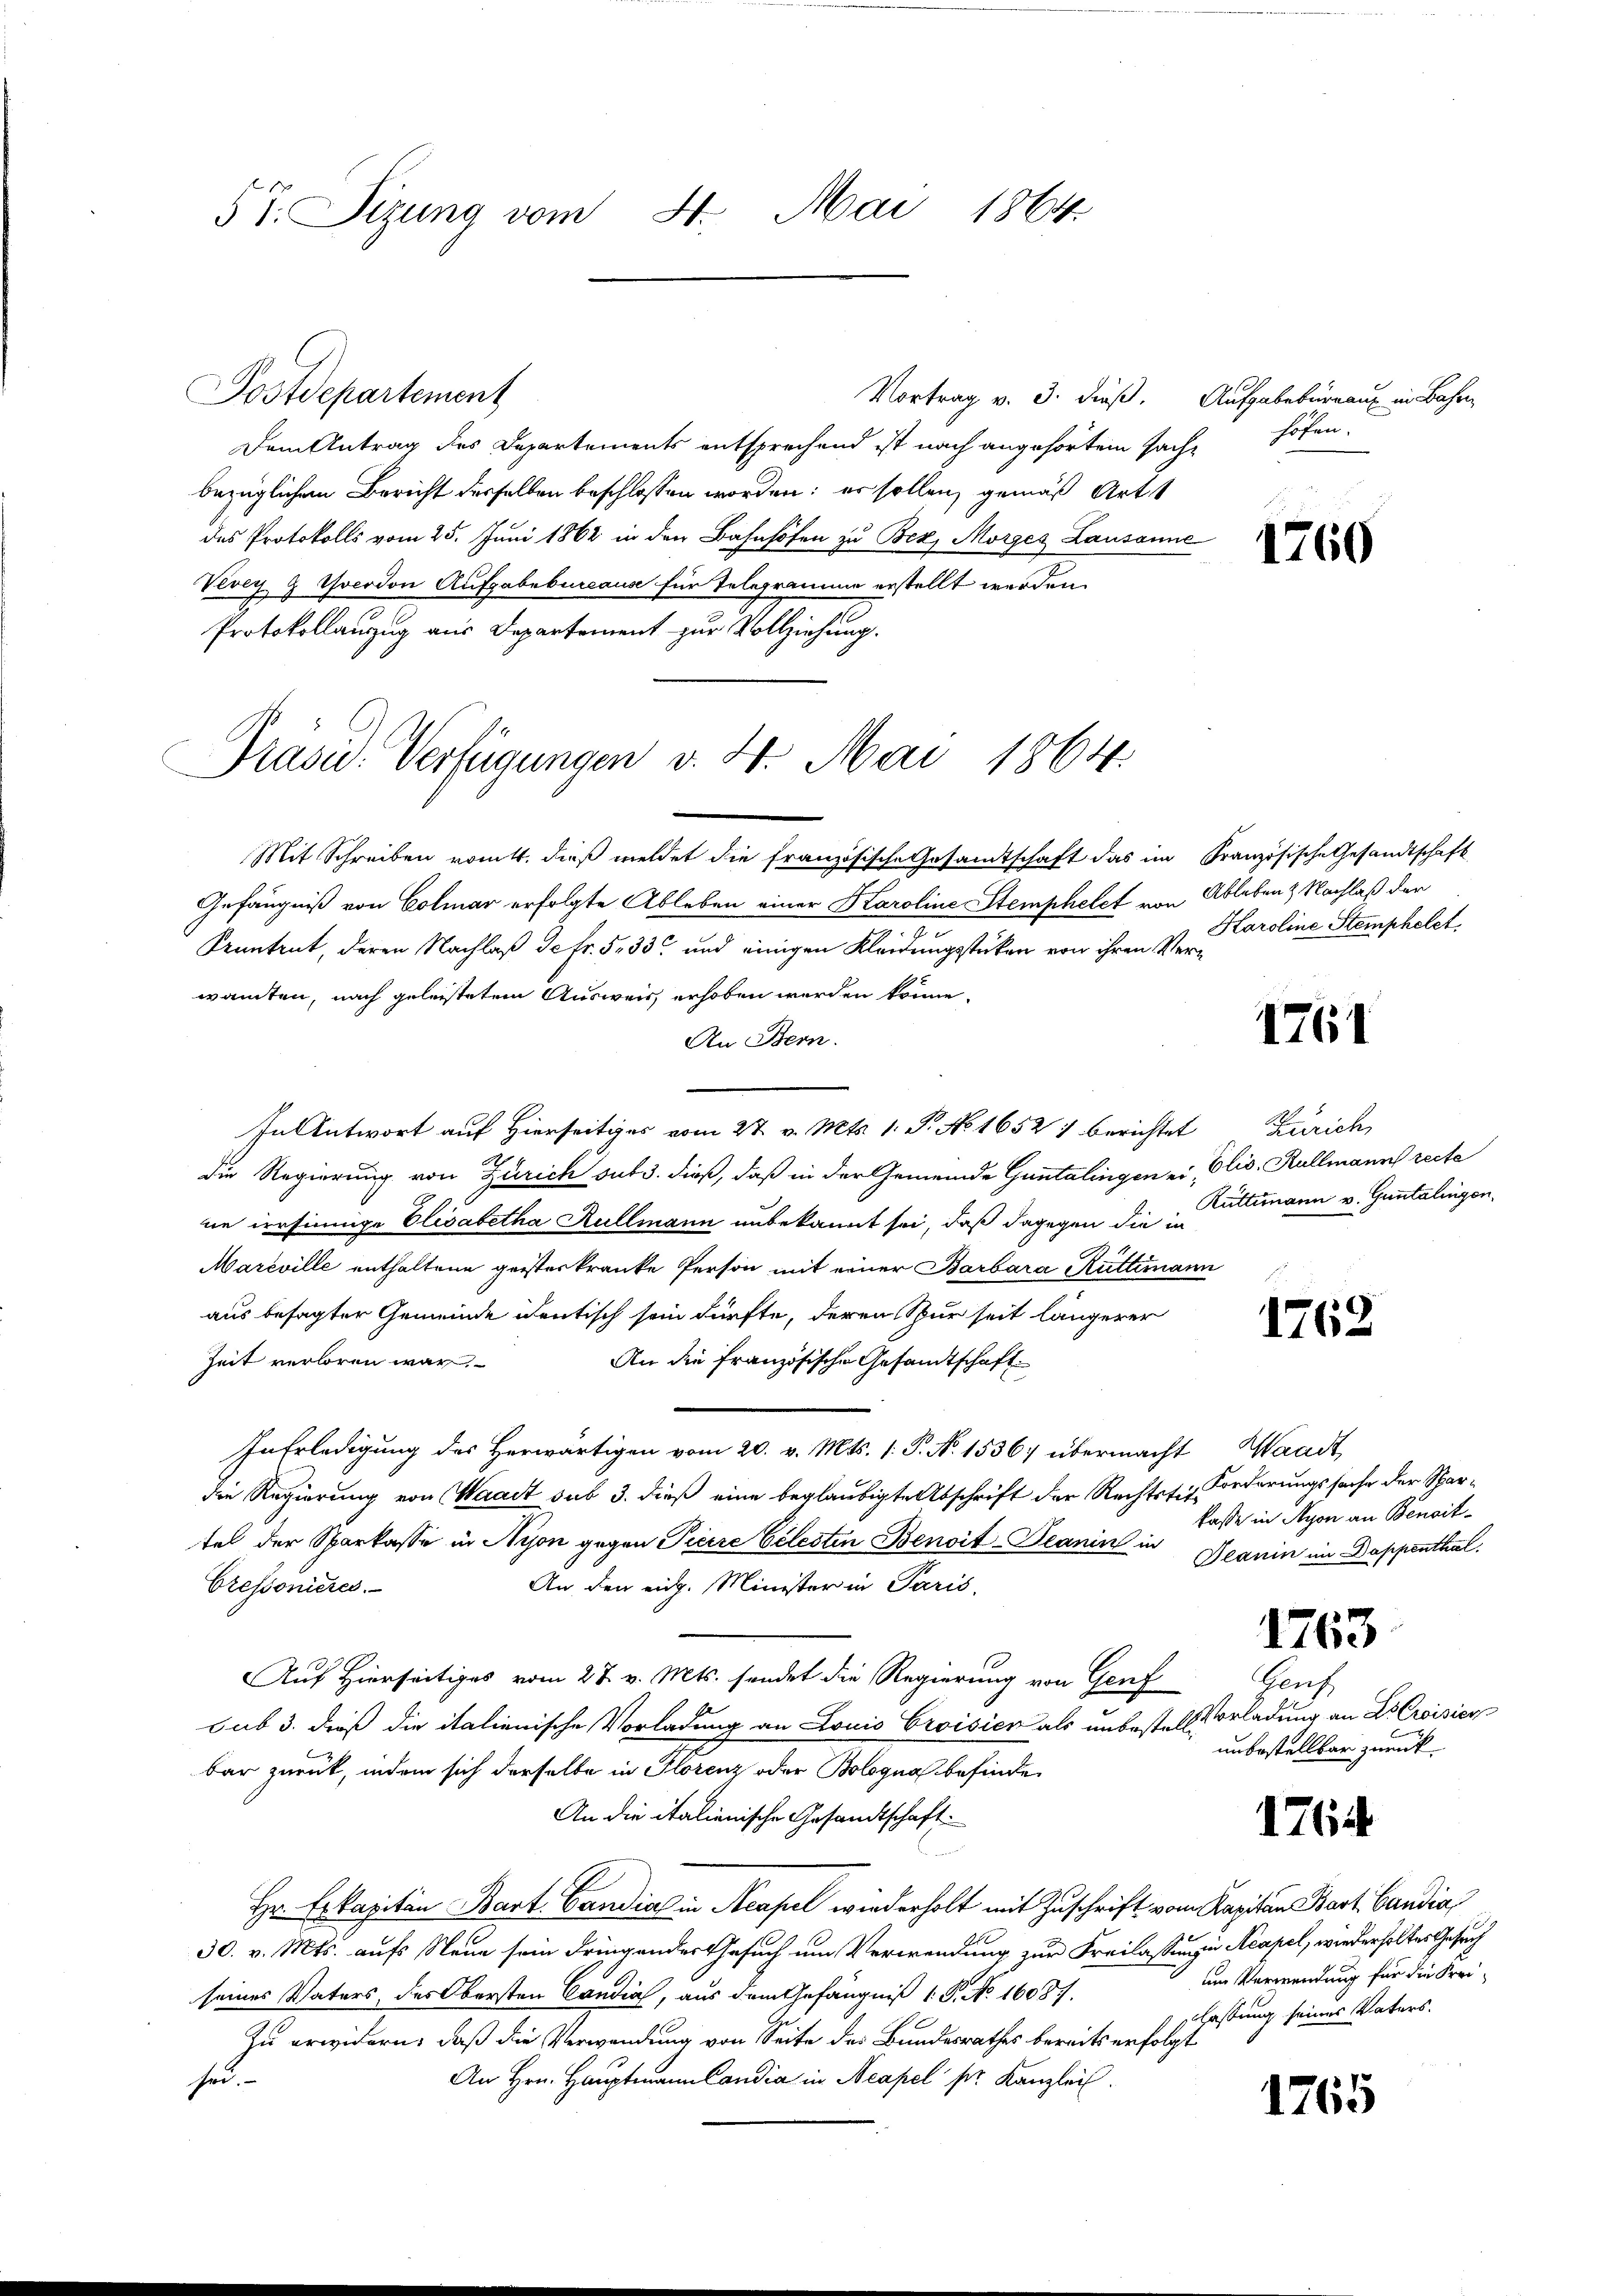
57. Sizung vom St. Mai 1864

Postdepartement
Dem Antrag des Departements entsprechend ist nach angehörtem sache höhen.
bezüglichen Bericht derselben beschlossen worden; er sollen, gemäß Art
des Protokolls vom 25. Juni 1862 in den Bahnhöfen zu Bez. Morges Lausanne
Vevey Z Yverdon Aufgabebureause für Telegramme erstellt werden.
Protokollanzug aus Departement zur Vollziehung.

Präsid. Verfügungen v. 4. Mai 1864.

Vortrag v. 3. dieß. Aufgabebureau in Bahren

Mit Schreiben romtt, dieß meldet die französische Gesandtschaft das im Französische Gesandtschaft
Gefängniß von Colmar erfolgte Ableben einer Karoline Stemphelet von Ableben & Nachlaß der
Kuntrut, deren Nachlaß Sekr. 533 und einigen Kleidungsstücken von ihren Verwanten, nach geleistetem Ausweis, erhoben werden könne.
An Bern.
In Antwort auf Hierseitiges vom 27. v. Mts. 1. P. No 16521 berichtet
die Regierung von Zürich sub 3. dieß, daß in der Gemeinde Guntalingen ein Glis. Kellmann recte
ne irrsinnige Elisabetha Kullmann unbekannt sei, daß dagegen die Kultimann v. Guntalingen.
Mareville enthaltene geisterkranke Person mit einer Barbara Rüttimann
aus besagter Gemeinde identisch sein dürfte, deren Spur seit längerer
Zeit verloren war,
An die französische Gesandtschaft
In Erledigung des Herwärtigen vom 20. v. Mts. 1. P. N. 1536) übermacht Waadt,
die Regierung von Waadt sub 3. dieß eine beglaubigte Abschrift der Rechtstr. Forderungssache der Spartel der Sparkasse in Nyon gegen Pierre Celesten Benoit-Deanin in
An den eidg. Minister in Paris,
Cressonieres.
Auf Hierseitiges vom 27. v. Mts. sendet die Regierung von Genf
sub 3. dieß die italienische Vorladung an Louis Croisier als unbestel Vorladung an Dr Croisicu
bar zurück, indem sich derselbe in Florenz oder Bologna befinde
An die italienische Gesandtschaft
Hr. Erkapitän Bart. Candia in Neapel wiederholt mit Zuschrift vom Kapitan Bart. Candia
30. v. Mts. aufs Neue sein dringendes Gesuch um Verwendung zur Freilassunge Acapel, wiederholtes Gesuch
seines Vaters, des Obersten Candia, aus dem Gefängniß 1. P. No 16087.
Zu erwidern, daß die Verwendung von Seite des Bundesrathes bereits erfolgt
An Hrn. Hauptmann Candia in Neapel pr. Kanzlei.
he.

1760

Haroline Stemphelet.

1761

Zürich,

1762

kasse in Nyon an Benoit¬
Deanin im Dappenthal.

1763

Gruf
unbestellbar zurück.

1764

um Verwendung für die Freichassung seines Vaters.

1765